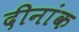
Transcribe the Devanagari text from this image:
दीनांक